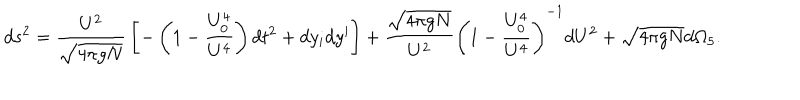
d s ^ { 2 } = { \frac { U ^ { 2 } } { \sqrt { 4 \pi g N } } } \left[ - \left( 1 - { \frac { U _ { 0 } ^ { 4 } } { U ^ { 4 } } } \right) d t ^ { 2 } + d y _ { i } d y ^ { i } \right] + { \frac { \sqrt { 4 \pi g N } } { U ^ { 2 } } } \left( 1 - { \frac { U _ { 0 } ^ { 4 } } { U ^ { 4 } } } \right) ^ { - 1 } d U ^ { 2 } + \sqrt { 4 \pi g N } d \Omega _ { 5 } .